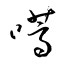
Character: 嚆